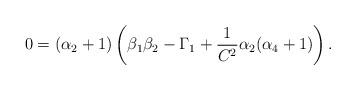
LaTeX: \begin{align*}0=(\alpha_2+1)\left(\beta_1\beta_2-\Gamma_1+\frac{1}{C^2}\alpha_2(\alpha_4+1)\right).\end{align*}